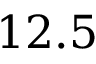
1 2 . 5